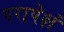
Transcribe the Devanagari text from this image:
परापेक्षं